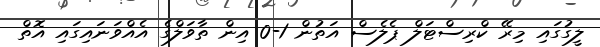
ލީގުގައި މިރޭ ކްރިސްޓަލް ޕެލެސް އަތުން 1-0 އިން ތާވަލްގެ އެއްވަނައިގައި އޮތް